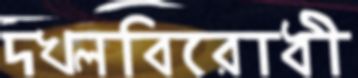
দখলবিরোধী